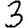
Digit: 3